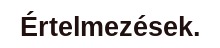
Értelmezések.